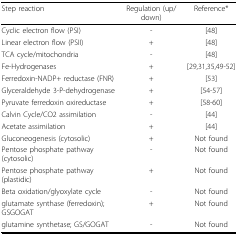
<table><thead><tr><td><b>Step reaction</b></td><td><b>Regulation (up/down)</b></td><td><b>Reference*</b></td></tr></thead><tbody><tr><td>Cyclic electron flow (PSI)</td><td>-</td><td>[48]</td></tr><tr><td>Linear electron flow (PSII)</td><td>+</td><td>[48]</td></tr><tr><td>TCA cycle/mitochondria</td><td>-</td><td>[48]</td></tr><tr><td>Fe-Hydrogenases</td><td>+</td><td>[29,31,35,49-52]</td></tr><tr><td>Ferredoxin-NADP+ reductase (FNR)</td><td>+</td><td>[53]</td></tr><tr><td>Glyceraldehyde 3-P-dehydrogenase</td><td>+</td><td>[54-57]</td></tr><tr><td>Pyruvate ferredoxin oxireductase</td><td>+</td><td>[58-60]</td></tr><tr><td>Calvin Cycle/CO2 assimilation</td><td>-</td><td>[44]</td></tr><tr><td>Acetate assimilation</td><td>+</td><td>[44]</td></tr><tr><td>Gluconeogenesis (cytosolic)</td><td>+</td><td>Not found</td></tr><tr><td>Pentose phosphate pathway (cytosolic)</td><td>-</td><td>Not found</td></tr><tr><td>Pentose phosphate pathway (plastidic)</td><td>+</td><td>Not found</td></tr><tr><td>Beta oxidation/glyoxylate cycle</td><td>-</td><td>Not found</td></tr><tr><td>glutamate synthase (ferredoxin);GSGOGAT</td><td>+</td><td>Not found</td></tr><tr><td>glutamine synthetase; GS/GOGAT</td><td>-</td><td>Not found</td></tr></tbody></table>